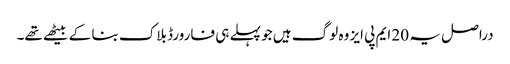
دراصل یہ 20 ایم پی ایز وہ لوگ ہیں جو پہلے ہی فارورڈ بلاک بنا کے بیٹھے تھے۔